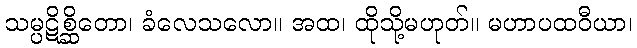
သမ္ပဋိစ္ဆိတော၊ ခံလေသလော။ အထ၊ ထိုသို့မဟုတ်။ မဟာပထဝီယာ၊